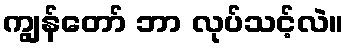
ကျွန်တော် ဘာ လုပ်သင့်လဲ။